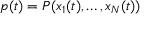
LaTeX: p ( t ) = P ( x _ { 1 } ( t ) , \ldots , x _ { N } ( t ) )